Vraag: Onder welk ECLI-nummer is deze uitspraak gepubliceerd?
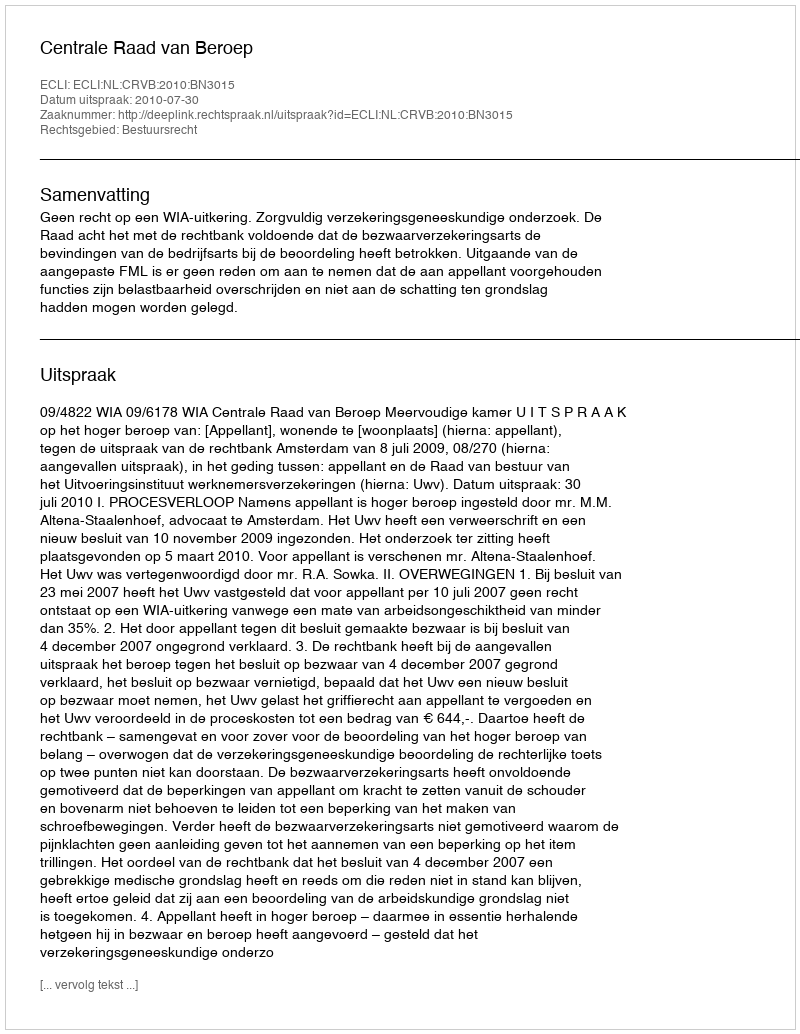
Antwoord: ECLI:NL:CRVB:2010:BN3015